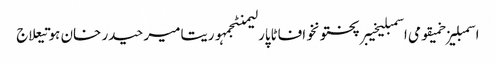
اسمبلیزخمیقومی اسمبلیخیبرپختونخوافاٹاپارلیمنٹجمہوریتامیر حیدر خان ہوتیعلاج